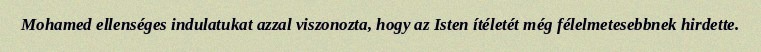
Mohamed ellenséges indulatukat azzal viszonozta, hogy az Isten ítéletét még félelmetesebbnek hirdette.